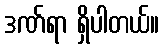
ဒဏ်ရာ ရှိပါတယ်။